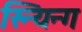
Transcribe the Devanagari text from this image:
स्न्यिन्ग